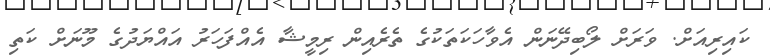
ކައިރިއަށް. ވަރަށް ލޯބިދޭނަން އެވާހަކަތަކުގެ ތެރެއިން ރިމީޝާ އެއްފަހަރު އައްޔަދުގެ މޫނަށް ކަތި